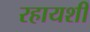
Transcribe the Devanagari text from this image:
रहायशी